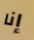
إنا